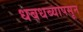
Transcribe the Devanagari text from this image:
धबधब्यापसून